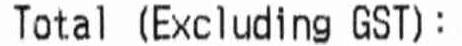
TOTAL (EXCLUDING GST) :